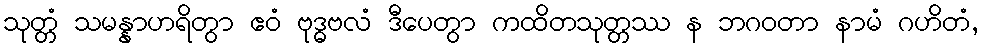
သုတ္တံ သမန္နာဟရိတွာ ဧဝံ ဗုဒ္ဓဗလံ ဒီပေတွာ ကထိတသုတ္တဿ န ဘဂဝတာ နာမံ ဂဟိတံ,